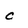
Character: c